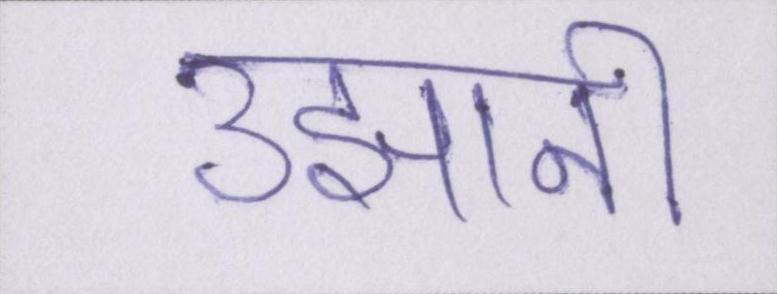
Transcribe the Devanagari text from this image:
उझानी